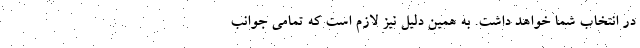
در انتخاب شما خواهد داشت. به همین دلیل نیز لازم است که تمامی جوانب